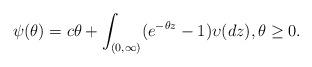
LaTeX: \begin{align*}\psi(\theta)=c\theta+\int_{(0,\infty)}(e^{-\theta z}-1)\upsilon(dz),\theta \geq 0.\end{align*}